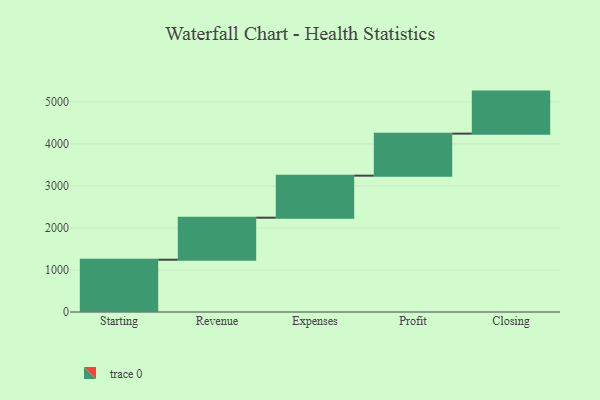
{"axis": {"x": "Step", "y": "Value"}, "legend": [""], "data": [{"x": "Starting", "y": 1244.0, "type": ""}, {"x": "Revenue", "y": 1000, "type": ""}, {"x": "Expenses", "y": 1000, "type": ""}, {"x": "Profit", "y": 1000, "type": ""}, {"x": "Closing", "y": 1000, "type": ""}]}